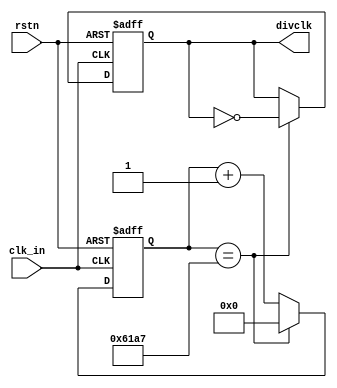
module clk_division #(
    parameter DIVCLK_CNTMAX = 24999
)(
    input   clk_in,
    input   rstn,
    output  divclk
);

reg [31:0] cnt;              
reg divclk_reg;

always@(posedge clk_in, negedge rstn) begin
    if (!rstn) begin
        cnt <= 0;
        divclk_reg <= 0;
    end else begin
        if(cnt == DIVCLK_CNTMAX) begin
            cnt <= 0;
            divclk_reg <= ~divclk_reg;
        end
        else begin
            cnt <= cnt + 1;  
        end
    end
end 

assign divclk = divclk_reg;

endmodule